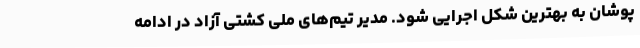
پوشان به بهترین شکل اجرایی شود. مدیر تیم‌های ملی کشتی آزاد در ادامه